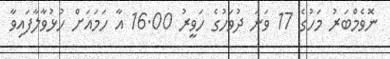
ނޮވެމްބަރު މަހުގެ 17 ވަނަ ދުވަހުގެ ހަވީރު 16.00 އާ ހަމައަށް ހުޅުވާލާފައިވާ